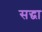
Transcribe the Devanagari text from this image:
सद्धा